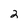
Character: 2